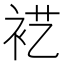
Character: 𰳵